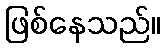
ဖြစ်နေသည်။